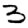
Digit: 3